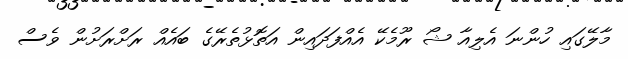
މާލޭގައި ހުންނަ އެލިއާ ޝޯ ރޫމެކޭ އެއްފަދައިން އަތޮޅުތެރޭގެ ބައެއް ރަށްރަށުން ވެސް